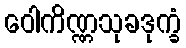
ဝေါကိဏ္ဏသုခဒုက္ခံ